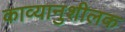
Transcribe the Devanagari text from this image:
काव्यानुशीलक